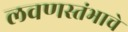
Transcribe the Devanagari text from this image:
लवणस्तंभाचे